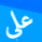
علي